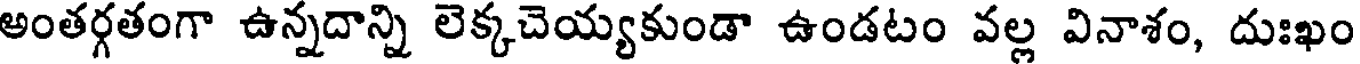
అంతర్గతంగా ఉన్నదాన్ని లెక్కచెయ్యకుండా ఉండటం వల్ల వినాశం, దుఃఖం